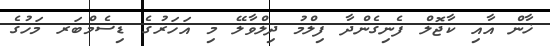
ޚާން އާއި ކާޖޮލް ފެނިގެންދާ ފިލްމު ދިލްވާލޭ މި އަހަރުގެ ޑިސެމްބަރ މަހުގެ